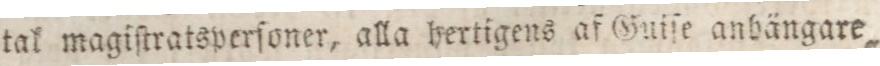
tal magiſtratsperſoner, alla hertigens af Guiſe anbängare